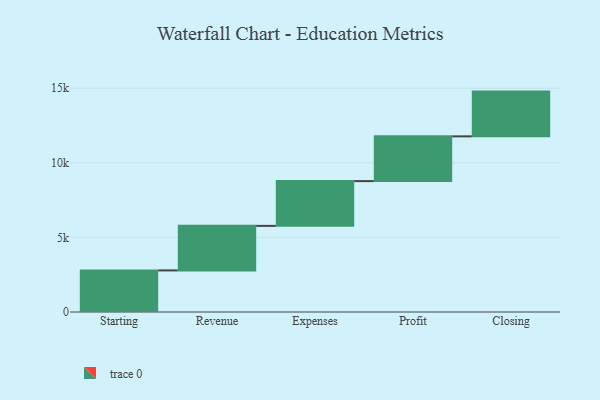
{"axis": {"x": "Step", "y": "Value"}, "legend": [""], "data": [{"x": "Starting", "y": 2788.0, "type": ""}, {"x": "Revenue", "y": 2985.0, "type": ""}, {"x": "Expenses", "y": 3000, "type": ""}, {"x": "Profit", "y": 3000, "type": ""}, {"x": "Closing", "y": 3000, "type": ""}]}